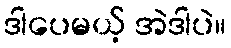
ဒါပေမယ့် အဲဒါပဲ။